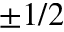
\pm 1 / 2